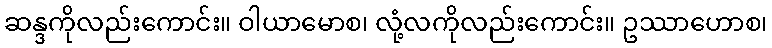
ဆန္ဒကိုလည်းကောင်း။ ဝါယာမောစ၊ လုံ့လကိုလည်းကောင်း။ ဥဿာဟောစ၊